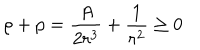
\rho + p = \frac { A } { 2 r ^ { 3 } } + \frac { 1 } { r ^ { 2 } } \ge 0